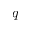
q